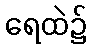
ရေထဲ၌